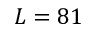
L = 8 1